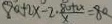
8 0 + 2 x - 2 \cdot \frac { 8 0 + 2 x } { x } = 8 0